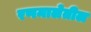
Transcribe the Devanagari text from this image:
रणमालेतील